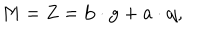
M = Z = { \bf b } \cdot { \bf g } + { \bf a } \cdot { \bf q } ,